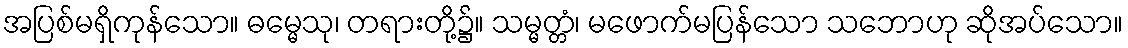
အပြစ်မရှိကုန်သော။ ဓမ္မေသု၊ တရားတို့၌။ သမ္မတ္တံ၊ မဖောက်မပြန်သော သဘောဟု ဆိုအပ်သော။